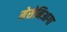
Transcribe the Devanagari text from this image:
मेसेनिआगा